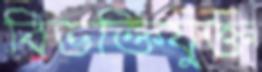
বিভক্তিযুক্ত